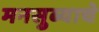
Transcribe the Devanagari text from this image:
मनसुब्याचे